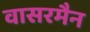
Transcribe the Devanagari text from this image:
वासरमैन